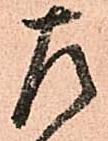
左